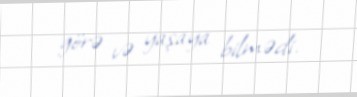
görə və yaşaya bilmədi.